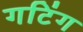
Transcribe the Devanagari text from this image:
गटिंग